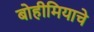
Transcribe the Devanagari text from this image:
बोहीमियाचे